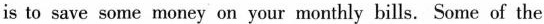
is to save some money on your monthly bills. Some of the